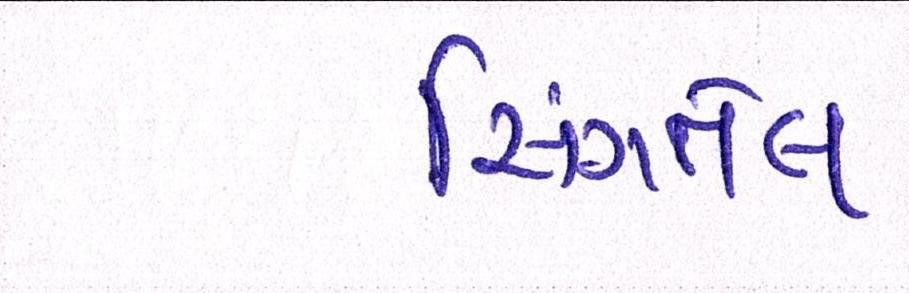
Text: સિંગતેલ